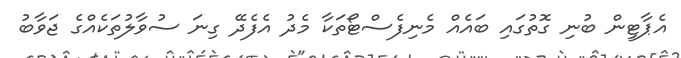
އެޕާޓީން ބުނި ގޮތުގައި ބައެއް މެނިފެސްޓޯތަކާ މެދު އެފެދޭ ގިނަ ސުވާލުތަކެއްގެ ޖަވާބު